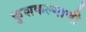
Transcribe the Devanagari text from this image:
कुशकल्याणी